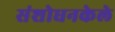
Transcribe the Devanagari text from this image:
संशोधनकेले